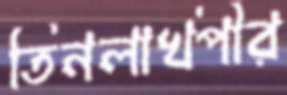
তিনলাখপীর